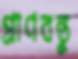
প্রাণবন্তু